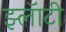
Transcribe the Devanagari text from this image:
झ्लॅाटी